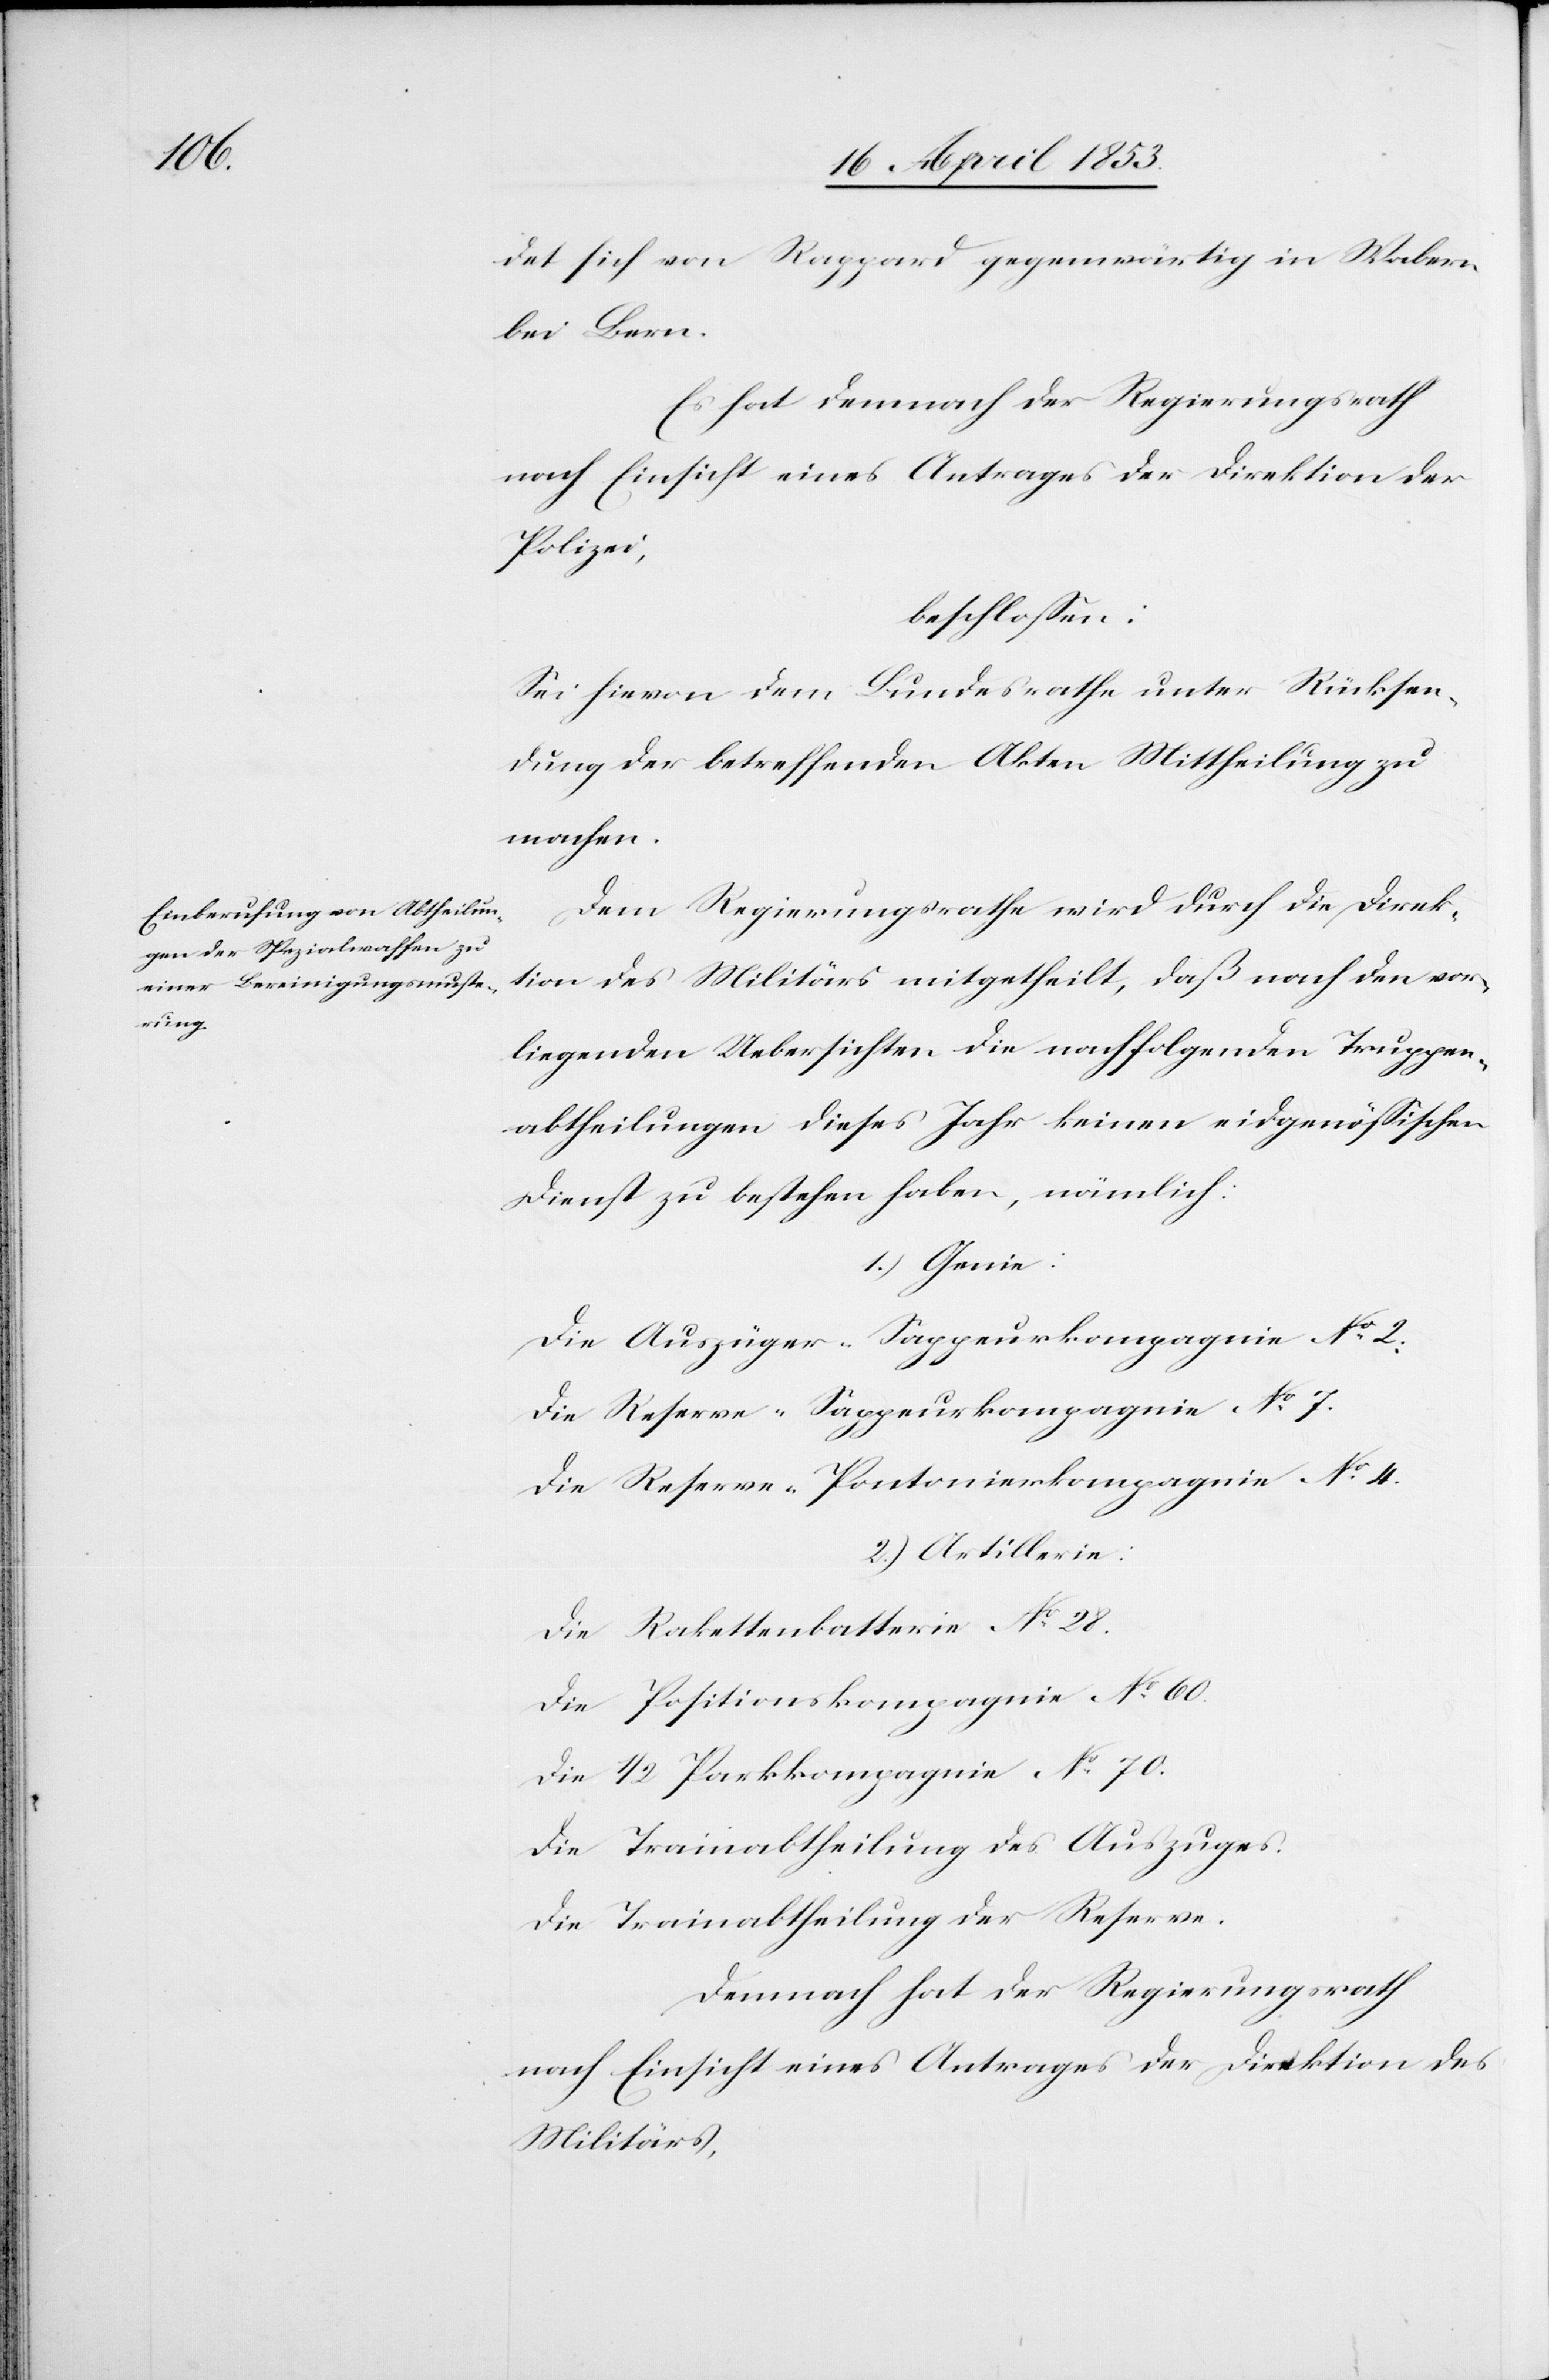
det sich von Rappard gegenwärtig in Wabern
bei Bern.
Es hat demnach der Regierungsrath
Polizei,
beschloßen:
Sei hievon dem Bundesrathe unter Rücksen¬
dung der betreffenden Akten Mittheilung zu
machen.
Dem Regierungsrathe wird durch die Direk¬
tion des Militärs mitgetheilt, daß nach den vor¬
liegenden Uebersichten die nachfolgenden Truppen¬
abtheilungen dieses Jahr keinen eidgenößischen
Dienst zu bestehen haben, nämlich:
1.) Genie:
Die Auszüger-Sappeurkompagnie N°. 2.
Die Reserve-Sappeurkompagnie N°. 7
Die Reserve-Pontonierkompagnie N°. 4.
2.) Artillerie:
Die Rakettenbatterie N°. 28.
Die Petitionskompagnie N°. 60
Die 1/2 Parkkompagnie N°. 70.
Die Trainabtheilung des Auszuges.
Die Trainabtheilung der Reserve.
Demnach hat der Regierungsrath
nach Einsicht eines Antrages der Direktion des
Militärs,